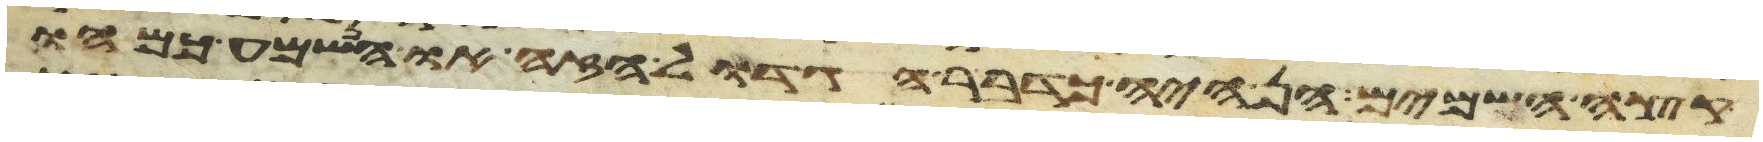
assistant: קצה השמים הן היה כדבר הגדול הזה או הנשמע כמהו